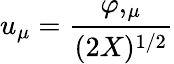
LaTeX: u_{\mu}={\frac{\varphi,_{\mu}}{(2X)^{1/2}}}